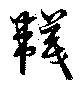
韤